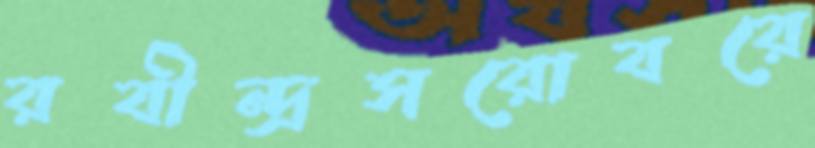
রবীন্দ্রসরোবরে